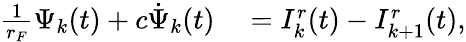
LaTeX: \begin{array}{rl}{\frac{1}{r_{F}}\Psi_{k}(t)+c\dot{\Psi}_{k}(t)}&{{}=I_{k}^{r}(t)-I_{k+1}^{r}(t),}\end{array}